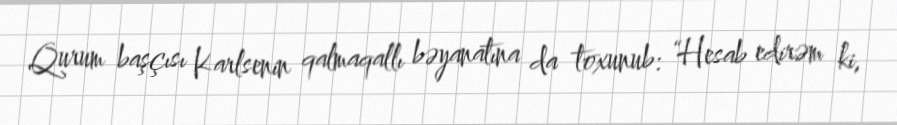
Qurum başçısı Karlsenin qalmaqallı bəyanatına da toxunub: “Hesab edirəm ki,